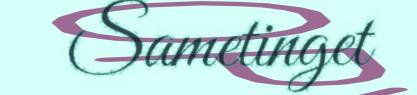
Sametinget